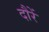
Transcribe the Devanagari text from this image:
दौरें